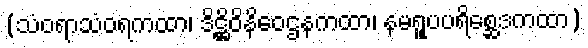
(သံဝရာသံဝရကထာ၊ ဒိဋ္ဌိဝိနိဝေဌနကထာ၊ နမရူပပရိစ္ဆေဒကထာ)